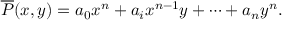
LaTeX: { \overline { { P } } } ( x , y ) = a _ { 0 } x ^ { n } + a _ { i } x ^ { n - 1 } y + \cdots + a _ { n } y ^ { n } .